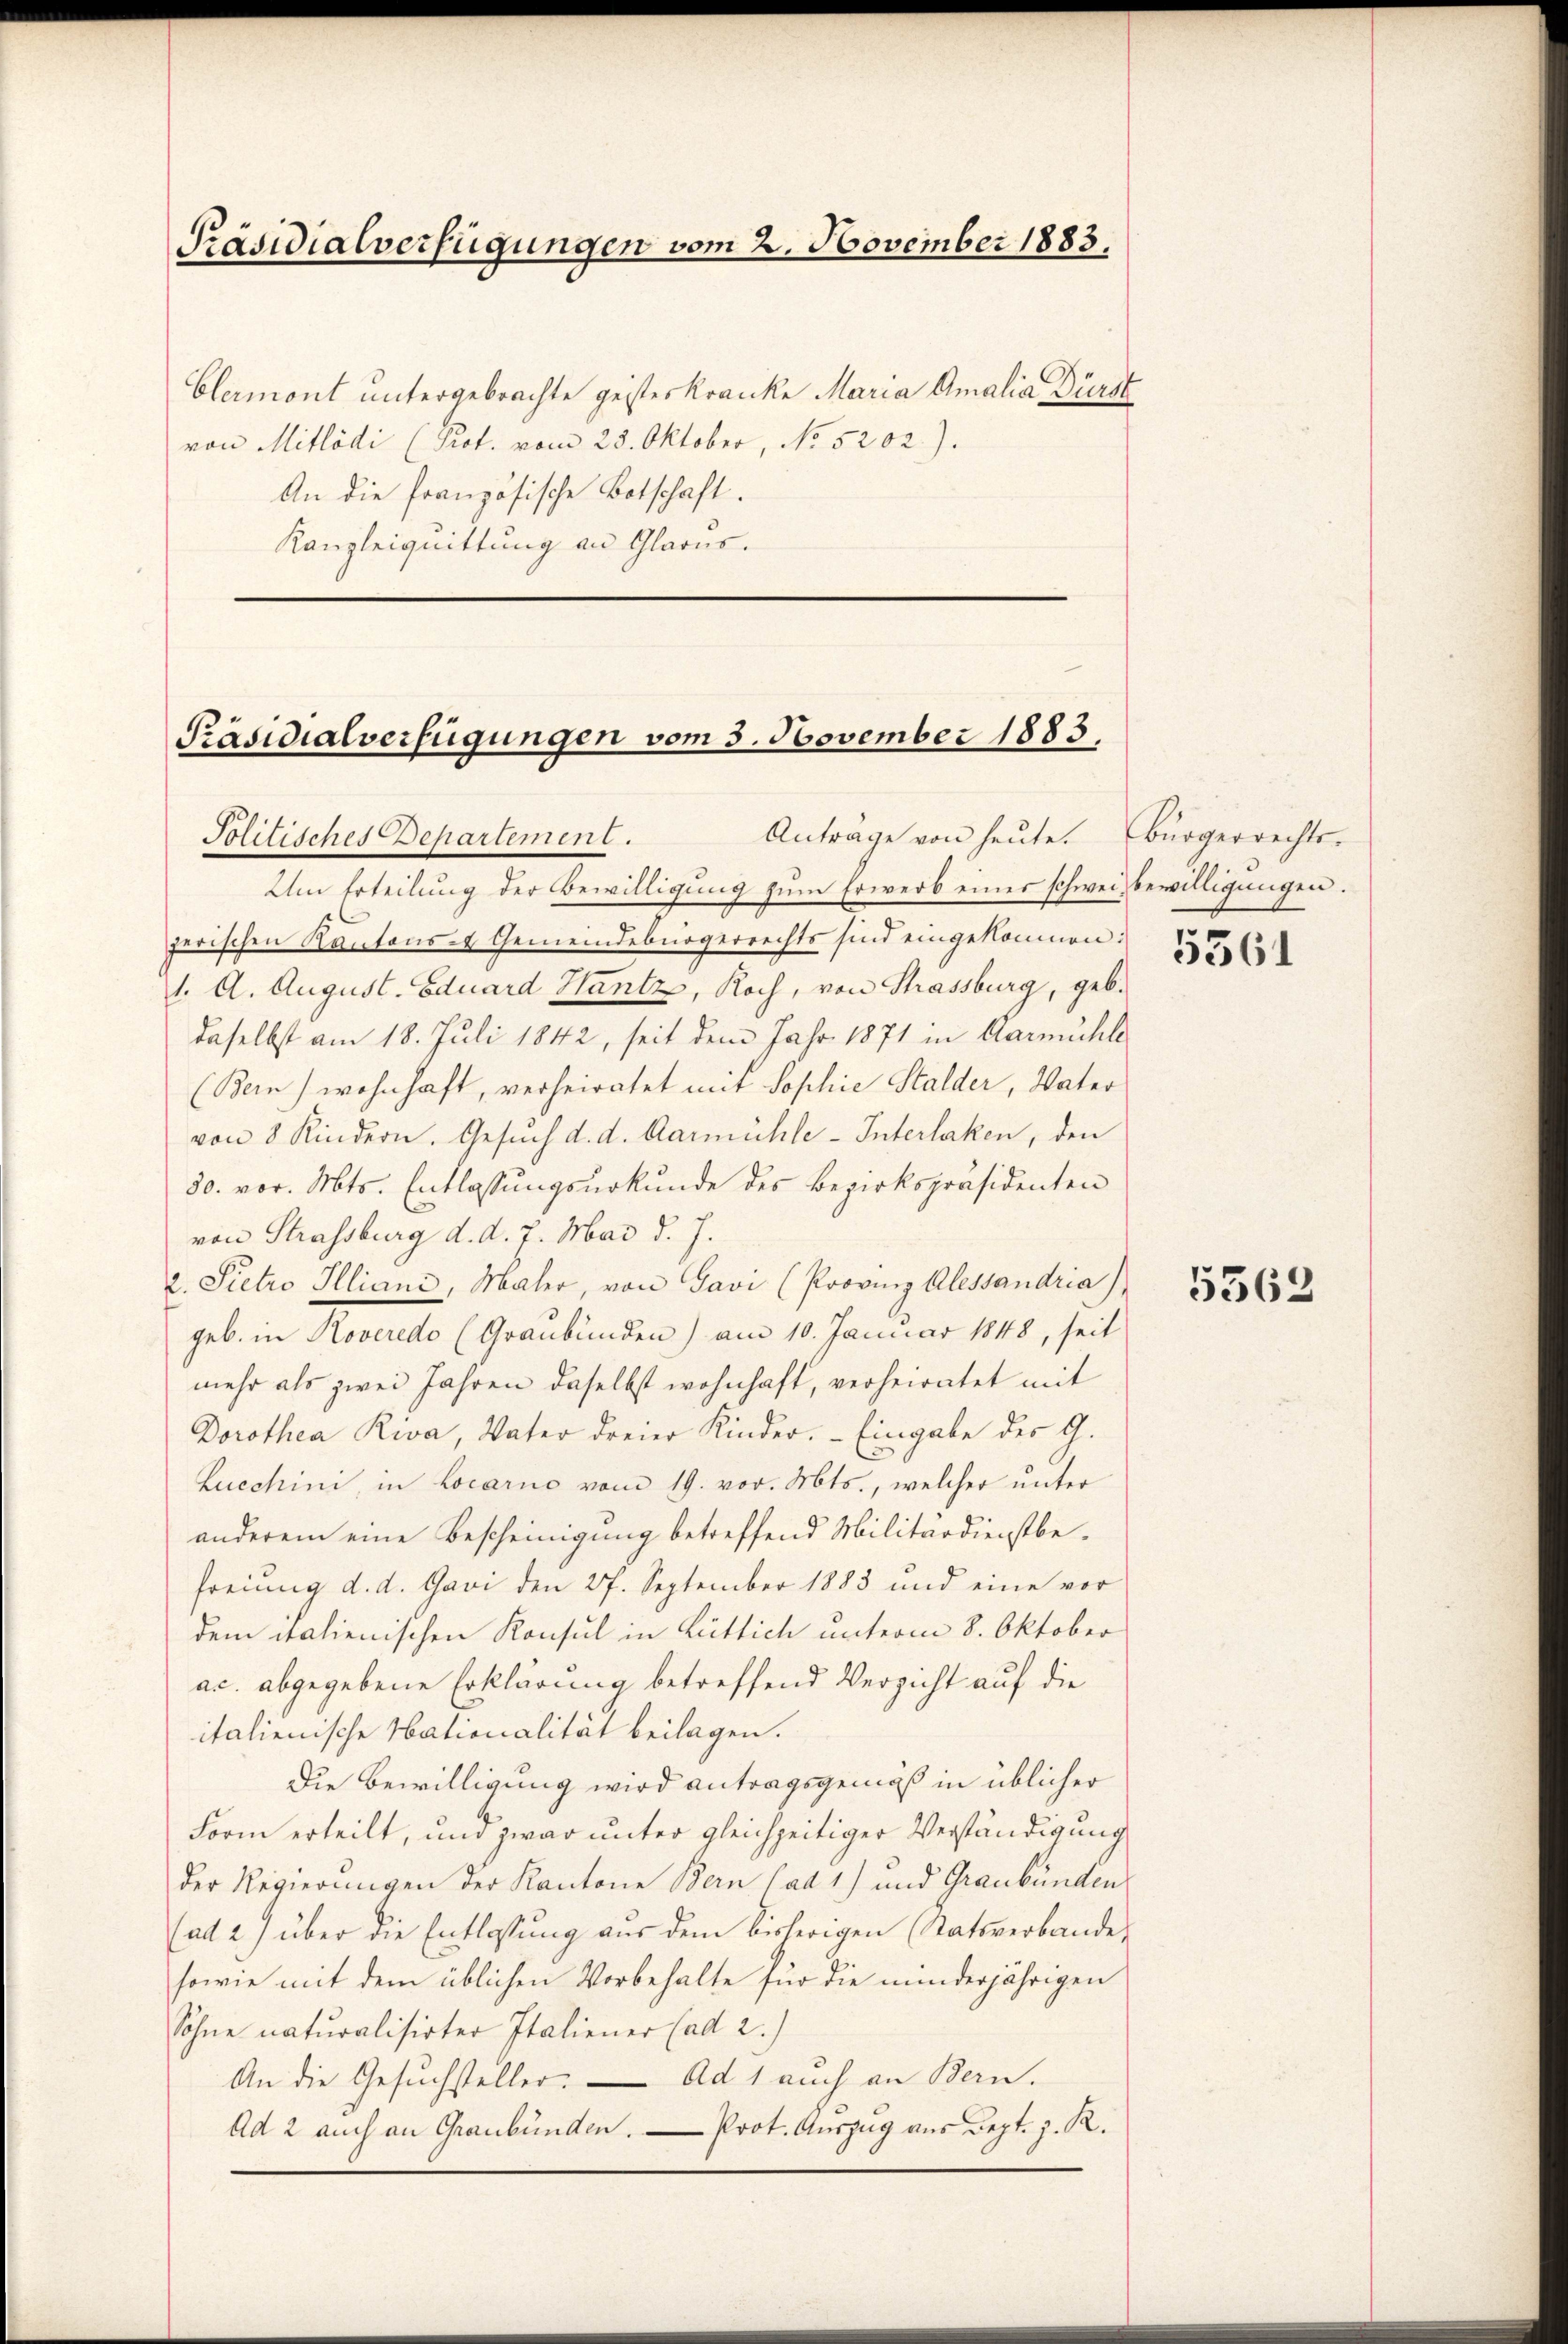
Präsidialverfügungen vom 2. November 1883.

Clermont untergebrachte geisteskranke Maria Amalia Dürst
von Mitlödi (Prot. vom 23. Oktober, No 5202).
An die französische Botschaft.
Kanzleiquittung an Glarus.

Präsidialverfügungen vom 3. November 1883.
Antrage von heŭte. Bürgerrechts-
Jolitisches Departement.

Um Erteilung der Bewilligung zŭm Erwerb einer schweiz bewilligungen.
jerischen Kantons- & Gemeindebürgerrechts sind eingekommen:
1. A. August. Eduard Hantz, Koch, von Strassburg, geb.
daselbst am 18. Juli 1842, seit dem Jahr 1871 in Aarmühle
(Bern) wohnhaft, verheiratet mit Sophie Stalder, Vater
von 8 Kindern. Gesuch d. d. Aarmühle-Interlaken, den
30. vor. Mts. Entlassungsurkunde des Bezirkspräsidenten
von Strassburg d. d. 7. Mai d. J.
2. Sietro Illiani, Maler, von Gavi (Provinz Alessandria)
geb. in Roveredo (Graubünden) am 10. Januar 1848, seit
mehr als zwei Jahren daselbst wohnhaft, verheiratet mit
Dorothea Riva, Vater dreier Kinder. - Eingabe der G.
Zucchini, in Locarno vom 19. vor. Mts., welcher unter
anderem eine Bescheinigung betreffend Militärdienstbefreung d. d. Gavi den 27. September 1883 und eine vor
dem italienischen Konsul in Rüttich unterm 8. Oktober
ac. abgegebene Erklärung betreffend Verzicht auf die
italienische Nationalität beilagen.
Die Bewilligung wird antragsgemäß in üblicher
Form erteilt, und zwar unter gleichzeitiger Verständigung
der Regierungen der Kantone Bern (ad 1) und Graubünden
(ad 2.) über die Entlassŭng aus dem bisherigen Ratsverbande
sowie mit dem üblichen Vorbehalte für die minderjährigen
Sohne naturalisirter Italiener (ad 2.)
An die Gesuchsteller. — Ad 1 auch an Bern.
Ad 2 auch an Graubünden. — Prot. Auszug aus Sept. z. R.

5361

5362